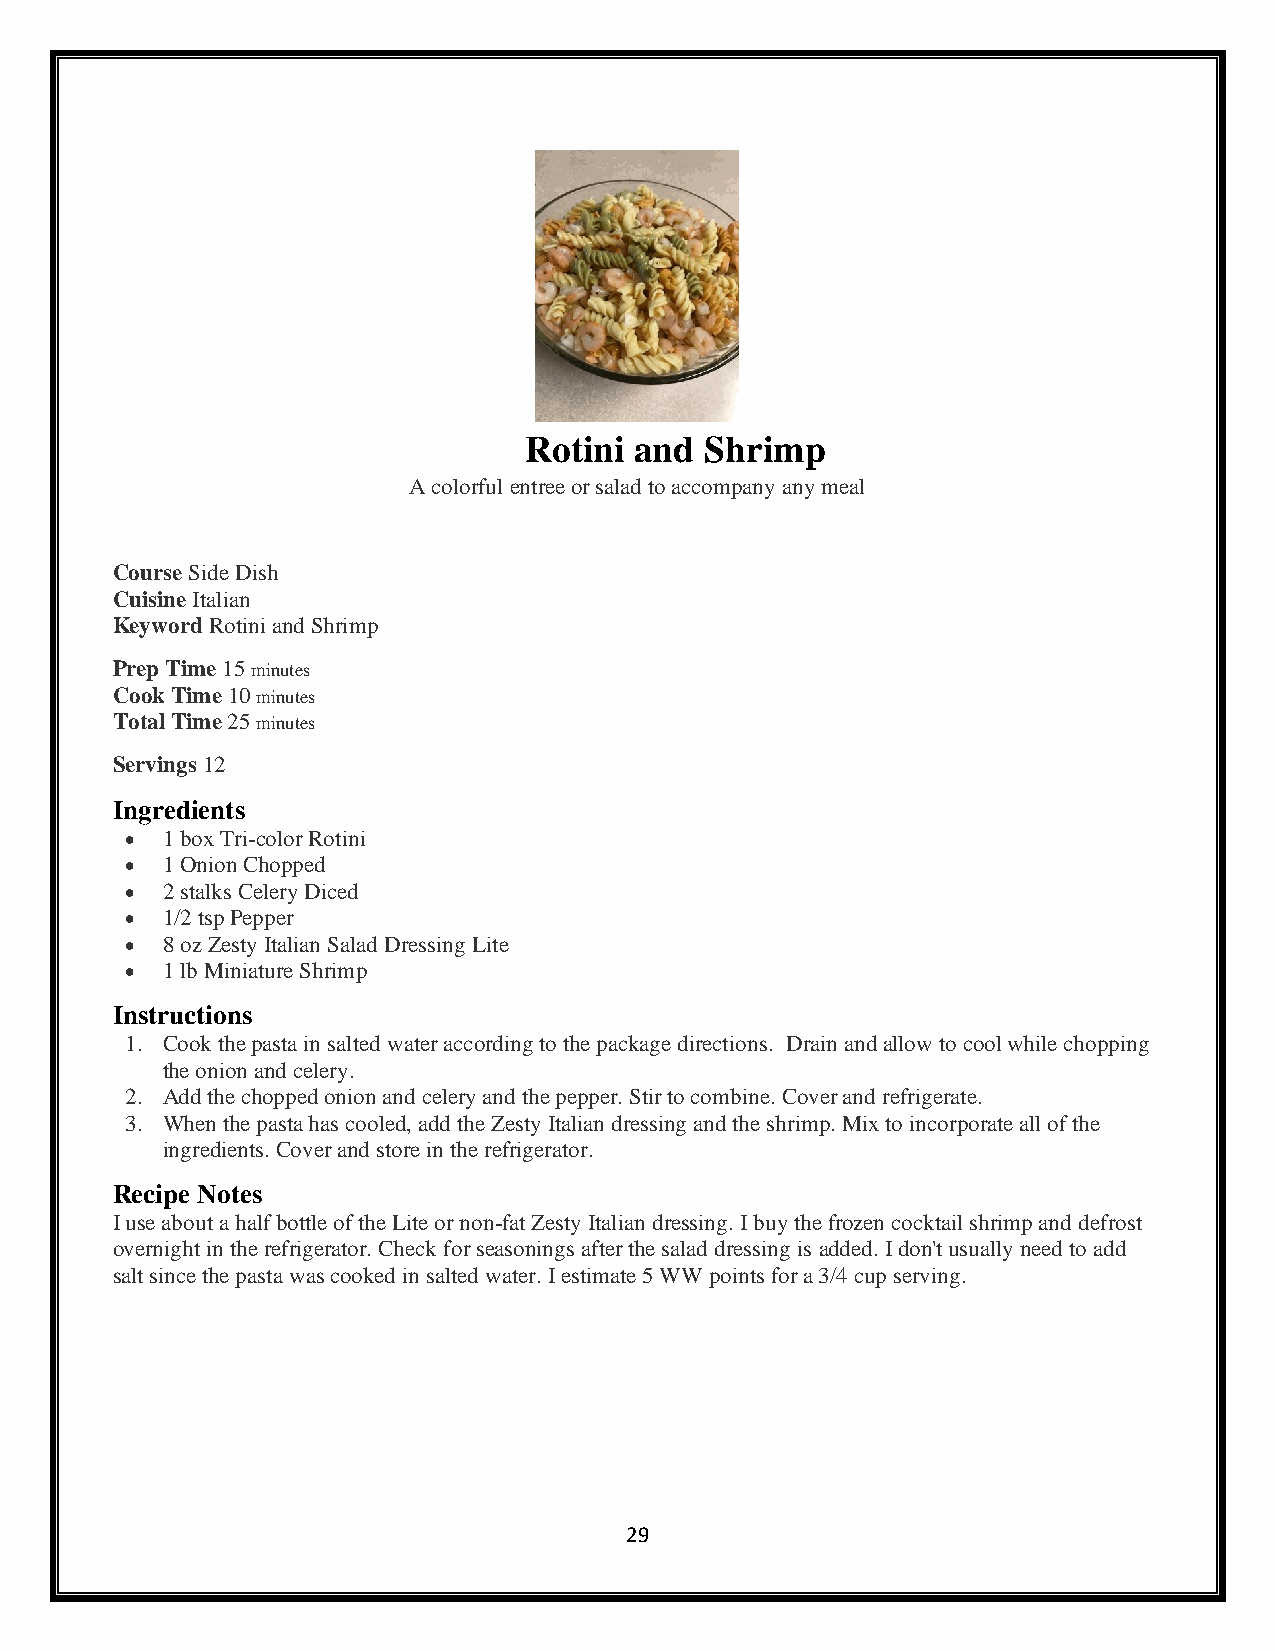
Rotini and  Shrimp
 A colorful entree or salad to accompany any meal
 Course Side Dish
 Cuisine Italian
 Keyword Rotini and Shrimp
 Prep Time 15 minutes
 Cook Time 10 minutes
 Total Time 25 minutes
 Servings 12
 Ingredients
 •  1 box Tri-color Rotini
 •  1 Onion Chopped
 •  2 stalks Celery Diced
 •  1/2 tsp Pepper
 •  8 oz Zesty Italian Salad Dressing Lite
 •  1 lb Miniature Shrimp
 Instructions
 1. Cook the pasta in salted water according to the package directions. Drain and allow to cool while chopping
 the onion and celery.
 2. Add the chopped onion and celery and the pepper. Stir to combine. Cover and refrigerate.
 3. When the pasta has cooled, add the Zesty Italian dressing and the shrimp. Mix to incorporate all of the
 ingredients. Cover and store in the refrigerator.
 Recipe Notes
 I use about a half bottle of the Lite or non-fat Zesty Italian dressing. I buy the frozen cocktail shrimp and defrost
 overnight in the refrigerator. Check for seasonings after the salad dressing is added. I don't usually need to add
 salt since the pasta was cooked in salted water. I estimate 5 WW points for a 3/4 cup serving.
 29